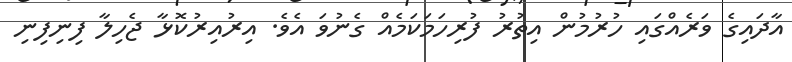
އާދައިގެ ވަރެއްގައި ހުރުމުން އިތުރު ފުރިހަމަކަމެއް ގެނުވަ އެވެ. އިރުއިރުކޮޅާ ޖެހިލާ ފިނިފިނި